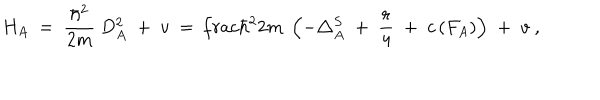
H _ { A } \ = \ \frac { \hbar ^ { 2 } } { 2 m } \ D _ { A } ^ { 2 } \; + \; v \ = \, \frac { \hbar ^ { 2 } } { 2 m } \; \left( - \triangle _ { A } ^ { S } \; + \; \frac r 4 \; + \; c \left( F _ { A } \right) \right) \; + \; v \ ,